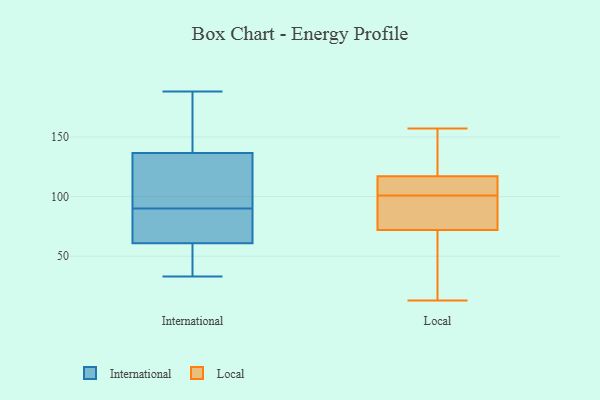
{"axis": {"x": "Energy Usage (MWh)", "y": "Value"}, "legend": ["International", "Local"], "data": [{"x": "", "y": 92, "type": "International"}, {"x": "", "y": 33, "type": "International"}, {"x": "", "y": 143, "type": "International"}, {"x": "", "y": 72, "type": "International"}, {"x": "", "y": 188, "type": "International"}, {"x": "", "y": 41, "type": "International"}, {"x": "", "y": 91, "type": "International"}, {"x": "", "y": 130, "type": "International"}, {"x": "", "y": 151, "type": "International"}, {"x": "", "y": 89, "type": "International"}, {"x": "", "y": 80, "type": "International"}, {"x": "", "y": 50, "type": "International"}, {"x": "", "y": 101, "type": "Local"}, {"x": "", "y": 101, "type": "Local"}, {"x": "", "y": 13, "type": "Local"}, {"x": "", "y": 31, "type": "Local"}, {"x": "", "y": 99, "type": "Local"}, {"x": "", "y": 157, "type": "Local"}, {"x": "", "y": 117, "type": "Local"}, {"x": "", "y": 137, "type": "Local"}, {"x": "", "y": 101, "type": "Local"}, {"x": "", "y": 72, "type": "Local"}]}